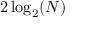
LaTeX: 2 \log _ { 2 } ( N )